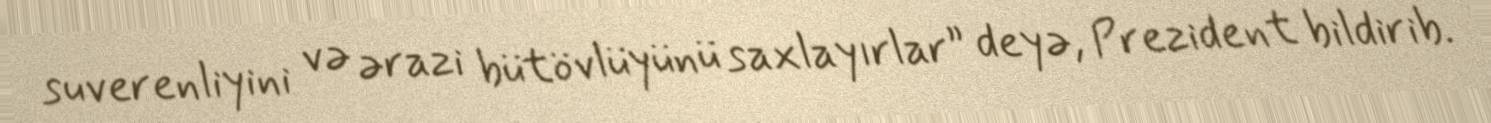
suverenliyini və ərazi bütövlüyünü saxlayırlar” deyə, Prezident bildirib.